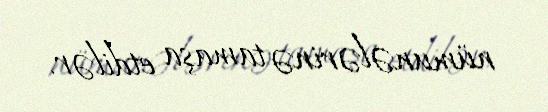
nümunələrinə tamaşa etdilər.